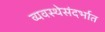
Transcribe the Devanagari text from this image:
व्यवस्थेसंदर्भात